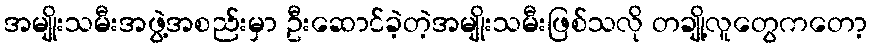
အမျိုးသမီးအဖွဲ့အစည်းမှာ ဦးဆောင်ခဲ့တဲ့အမျိုးသမီးဖြစ်သလို တချို့လူတွေကတော့